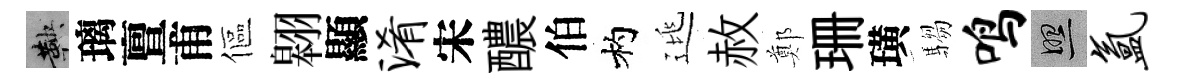
鞅璃亶甫傴翱顯淆宋醲伯杓逃赦鄭珊璜騶鸣照氲